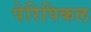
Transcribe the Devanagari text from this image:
पेरिपिकल